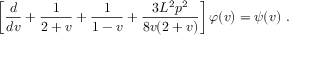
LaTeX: \left[ \frac { d } { d v } + \frac 1 { 2 + v } + \frac 1 { 1 - v } + \frac { 3 L ^ { 2 } p ^ { 2 } } { 8 v ( 2 + v ) } \right] \varphi ( v ) = \psi ( v ) ~ .